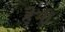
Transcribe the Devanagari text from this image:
हैभी